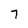
Character: 7